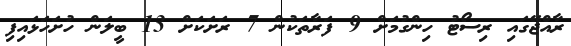
ރާއްޖޭގައި ރިސޯޓު ހިންގުމަށް 9 ފަރާތަކުން 7 ރަށަކަށް 13 ބީލަން ހުށަހަޅައިފި